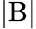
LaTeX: \mathrm{|B|}